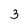
Character: 3